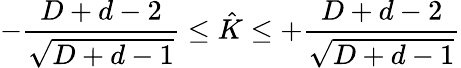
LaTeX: -\frac{D+d-2}{\sqrt{D+d-1}}\leq\hat{K}\leq+\frac{D+d-2}{\sqrt{D+d-1}}